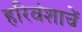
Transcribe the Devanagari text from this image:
हरिवंशाचें